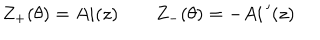
Z _ { + } ( \theta ) = A i ( z ) \qquad Z _ { - } ( \theta ) = - A i \, ^ { \prime } ( z )